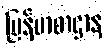
မြန်မာစာဌာန